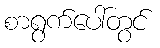
စာရွက်ပေါ်တွင်